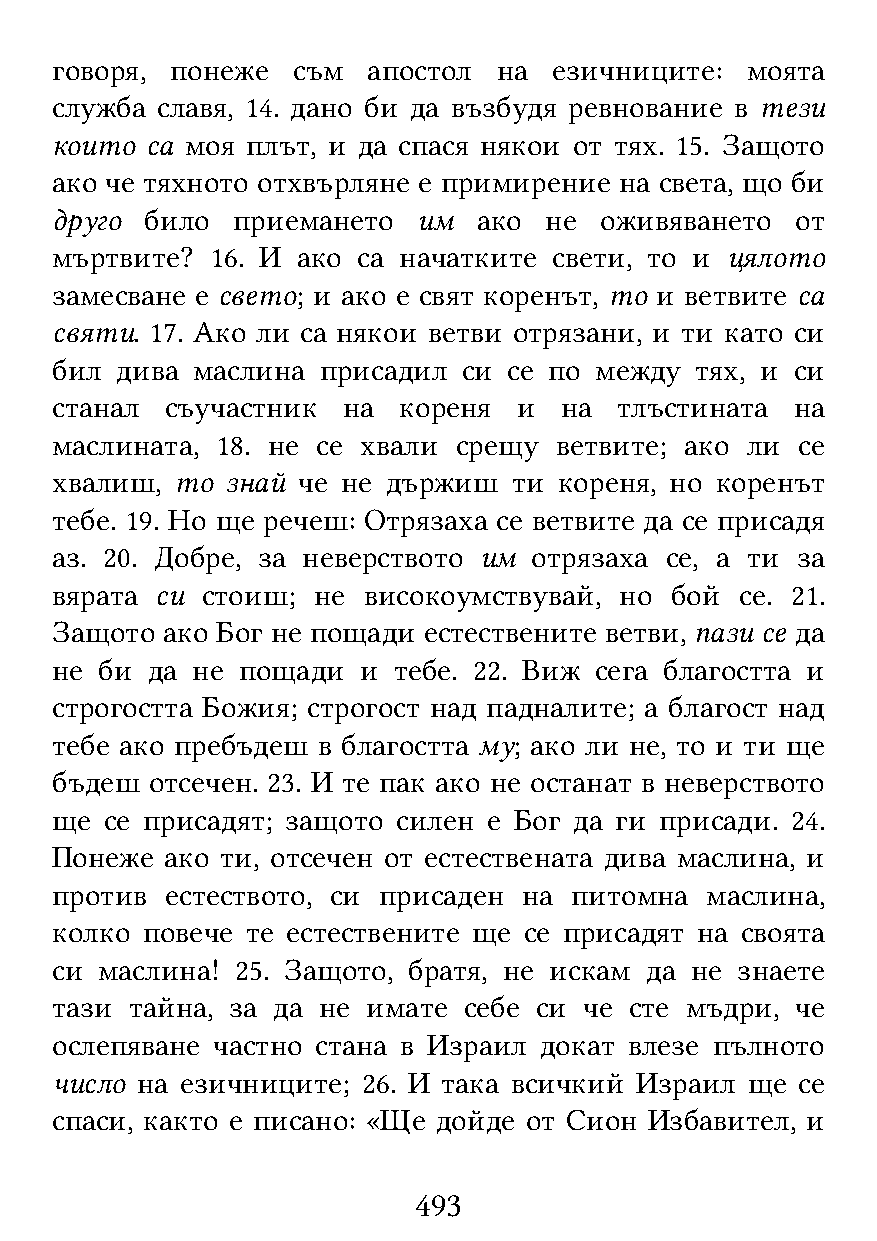
говоря, понеже  съм  апостол  на  езичниците: моята
 служба славя, 14. дано би да възбудя ревнование в тези
 които  са моя плът, и да спася някои от тях. 15. Защото
 ако че тяхното отхвърляне е примирение на света, що би
 друго  било приемането   им  ако не  оживяването  от
 мъртвите?  16. И ако са начатките свети, то и цялото
 замесване е свето; и ако е свят коренът, то и ветвите са
 святи. 17. Ако ли са някои ветви отрязани, и ти като си
 бил  дива маслина присадил  си се по между тях, и си
 станал  съучастник  на кореня  и  на  тлъстината  на
 маслината, 18. не се хвали срещу  ветвите; ако ли се
 хвалиш,  то знай че не държиш  ти кореня, но коренът
 тебе. 19. Но ще речеш: Отрязаха се ветвите да се присадя
 аз. 20. Добре, за неверството им отрязаха се, а ти за
 вярата си стоиш;  не високоумствувай, но бой  се. 21.
 Защото  ако Бог не пощади естествените ветви, пази се да
 не  би да не пощади  и тебе. 22. Виж сега благостта и
 строгостта Божия; строгост над падналите; а благост над
 тебе ако пребъдеш в благостта му; ако ли не, то и ти ще
 бъдеш  отсечен. 23. И те пак ако не останат в неверството
 ще  се присадят; защото силен е Бог да ги присади. 24.
 Понеже  ако ти, отсечен от естествената дива маслина, и
 против  естеството, си присаден на питомна  маслина,
 колко повече те естествените ще се присадят на своята
 си маслина!  25. Защото, братя, не искам да не знаете
 тази  тайна, за да не имате себе си че сте мъдри, че
 ослепяване частно стана в Израил докат влезе пълното
 число на езичниците; 26. И така всичкий Израил ще се
 спаси, както е писано: «Ще дойде от Сион Избавител, и
 493